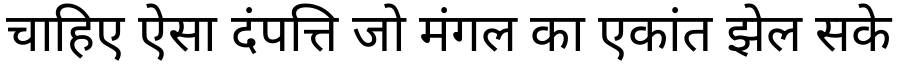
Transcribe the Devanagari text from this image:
चाहिए ऐसा दंपत्ति जो मंगल का एकांत झेल सके